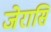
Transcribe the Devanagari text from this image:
जेरासि